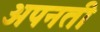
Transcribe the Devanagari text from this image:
अपनती